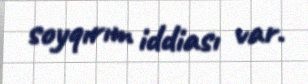
soyqırım iddiası var.